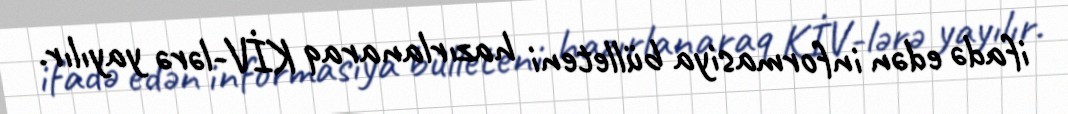
ifadə edən informasiya bülleteni hazırlanaraq KİV-lərə yayılır.